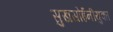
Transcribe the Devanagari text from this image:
सुखसोईंनीयुक्त